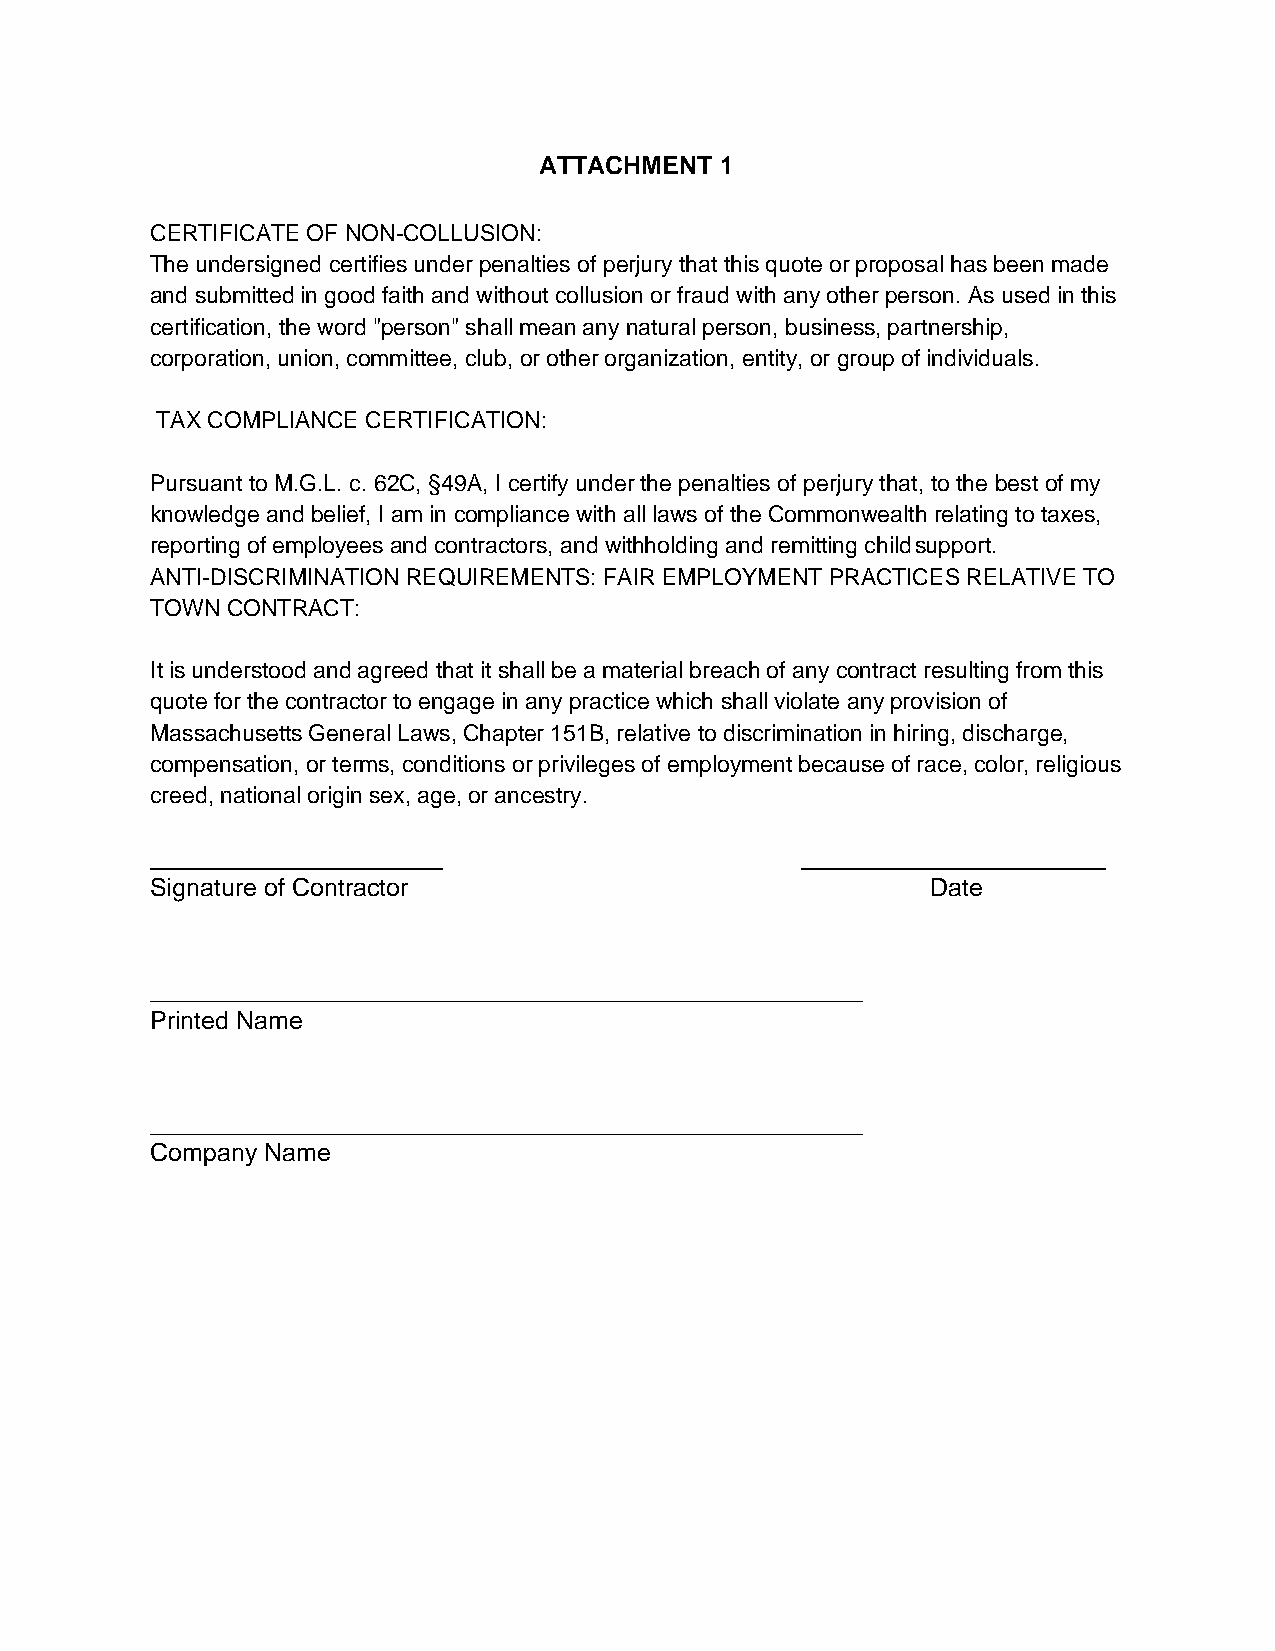
ATTACHMENT  1
 CERTIFICATE OF NON-COLLUSION:
 The undersigned certifies under penalties of perjury that this quote or proposal has been made
 and submitted in good faith and without collusion or fraud with any other person. As used in this
 certification, the word "person" shall mean any natural person, business, partnership,
 corporation, union, committee, club, or other organization, entity, or group of individuals.
 TAX COMPLIANCE CERTIFICATION:
 Pursuant to M.G.L. c. 62C, §49A, I certify under the penalties of perjury that, to the best of my
 knowledge and belief, I am in compliance with all laws of the Commonwealth relating to taxes,
 reporting of employees and contractors, and withholding and remitting child support.
 ANTI-DISCRIMINATION REQUIREMENTS: FAIR EMPLOYMENT PRACTICES RELATIVE TO
 TOWN CONTRACT:
 It is understood and agreed that it shall be a material breach of any contract resulting from this
 quote for the contractor to engage in any practice which shall violate any provision of
 Massachusetts General Laws, Chapter 151B, relative to discrimination in hiring, discharge,
 compensation, or terms, conditions or privileges of employment because of race, color, religious
 creed, national origin sex, age, or ancestry.
 Signature of Contractor                             Date
 Printed Name
 Company Name